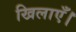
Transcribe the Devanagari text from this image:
खिलाएँ।